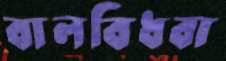
বালবিধবা